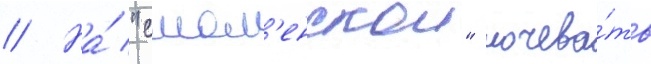
// На́ "смол'енскои" ночева́ть